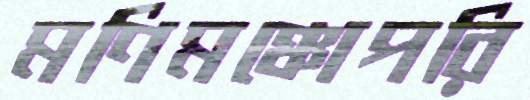
মণিমঞ্চোপরি